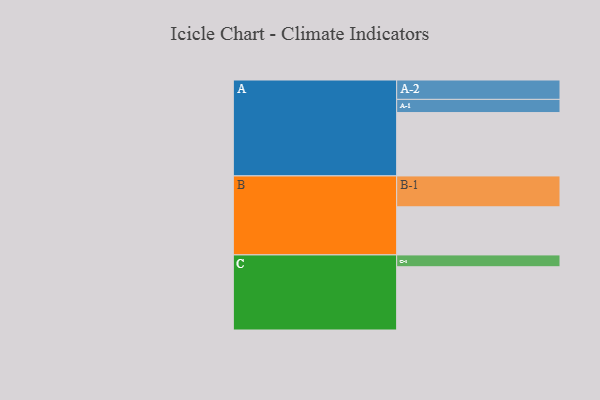
{"axis": {"x": "Segment", "y": "Value"}, "legend": ["", "A", "B", "C"], "data": [{"x": "A", "y": 595, "type": ""}, {"x": "B", "y": 452, "type": ""}, {"x": "C", "y": 594, "type": ""}, {"x": "A-1", "y": 124, "type": "A"}, {"x": "A-2", "y": 182, "type": "A"}, {"x": "B-1", "y": 290, "type": "B"}, {"x": "C-1", "y": 111, "type": "C"}]}